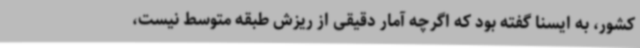
کشور، به ایسنا گفته بود که اگرچه آمار دقیقی از ریزش طبقه متوسط نیست،